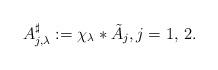
LaTeX: \begin{align*}A^{\sharp}_{j,\lambda}:= \chi_{\lambda}\ast \tilde{A}_{j},j=1,\,2.\end{align*}